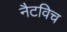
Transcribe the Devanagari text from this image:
नैटविच